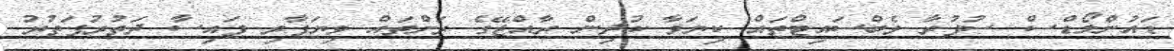
ޑައުންލޯޑްސް ސުފުރާ ވެބްސައިޓްތައް ކިޔަވާ ކުދިން ރާއްޖޭގެ ރަށްތައް ވިޔަފާރި ފައިސާ ދަތުރުފަތުރު